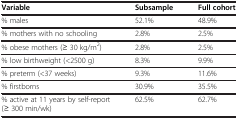
| Variable | Subsample | Full cohort |
 | --- | --- | --- |
 | % males | 52.1% | 48.9% |
 | % mothers with no schooling | 2.8% | 2.5% |
 | % obese mothers (≥ 30 kg/m2) | 2.8% | 2.5% |
 | % low birthweight (<2500 g) | 8.3% | 9.9% |
 | % preterm (<37 weeks) | 9.3% | 11.6% |
 | % firstborns | 30.9% | 35.5% |
 | % active at 11 years by self-report (≥ 300 min/wk) | 62.5% | 62.7% |